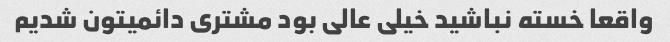
واقعا خسته نباشید خیلی عالی بود مشتری دائمیتون شدیم